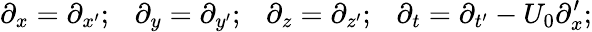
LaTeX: \partial_{x}=\partial_{x^{\prime}};~~~\partial_{y}=\partial_{y^{\prime}};~~~\partial_{z}=\partial_{z^{\prime}};~~~\partial_{t}=\partial_{t^{\prime}}-U_{0}\partial_{x}^{\prime};